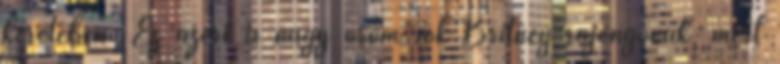
keretében. Ez azért is nagy öröm sok Britney-rajongónak, mert